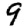
Digit: 9